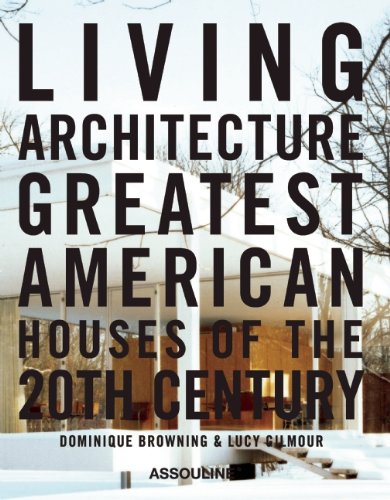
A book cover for Living Architecture; Dominique Browning; Crafts, Hobbies & Home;